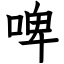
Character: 啤